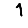
Digit: 1